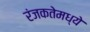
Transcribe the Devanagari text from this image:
रंजकतेमध्ये